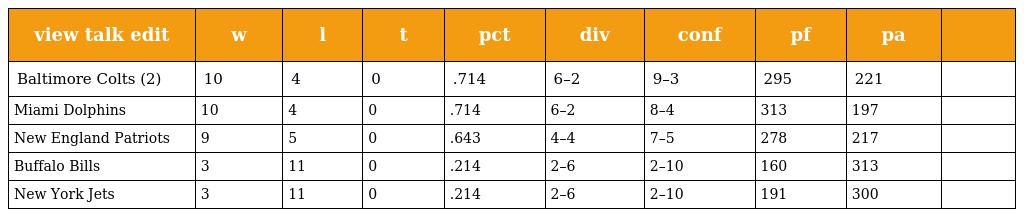
| view talk edit | w | l | t | pct | div | conf | pf | pa |  |
 | --- | --- | --- | --- | --- | --- | --- | --- | --- | --- |
 | Baltimore Colts (2) | 10 | 4 | 0 | .714 | 6–2 | 9–3 | 295 | 221 |  |
 | Miami Dolphins | 10 | 4 | 0 | .714 | 6–2 | 8–4 | 313 | 197 |  |
 | New England Patriots | 9 | 5 | 0 | .643 | 4–4 | 7–5 | 278 | 217 |  |
 | Buffalo Bills | 3 | 11 | 0 | .214 | 2–6 | 2–10 | 160 | 313 |  |
 | New York Jets | 3 | 11 | 0 | .214 | 2–6 | 2–10 | 191 | 300 |  |